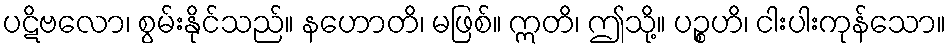
ပဋိဗလော၊ စွမ်းနိုင်သည်။ နဟောတိ၊ မဖြစ်။ ဣတိ၊ ဤသို့။ ပဉ္စဟိ၊ ငါးပါးကုန်သော။